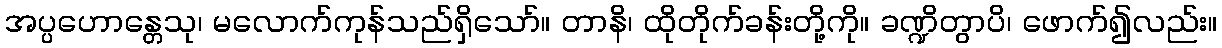
အပ္ပဟောန္တေသု၊ မလောက်ကုန်သည်ရှိသော်။ တာနိ၊ ထိုတိုက်ခန်းတို့ကို။ ခဏ္ဍိတွာပိ၊ ဖောက်၍လည်း။